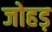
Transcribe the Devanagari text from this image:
जोहड़